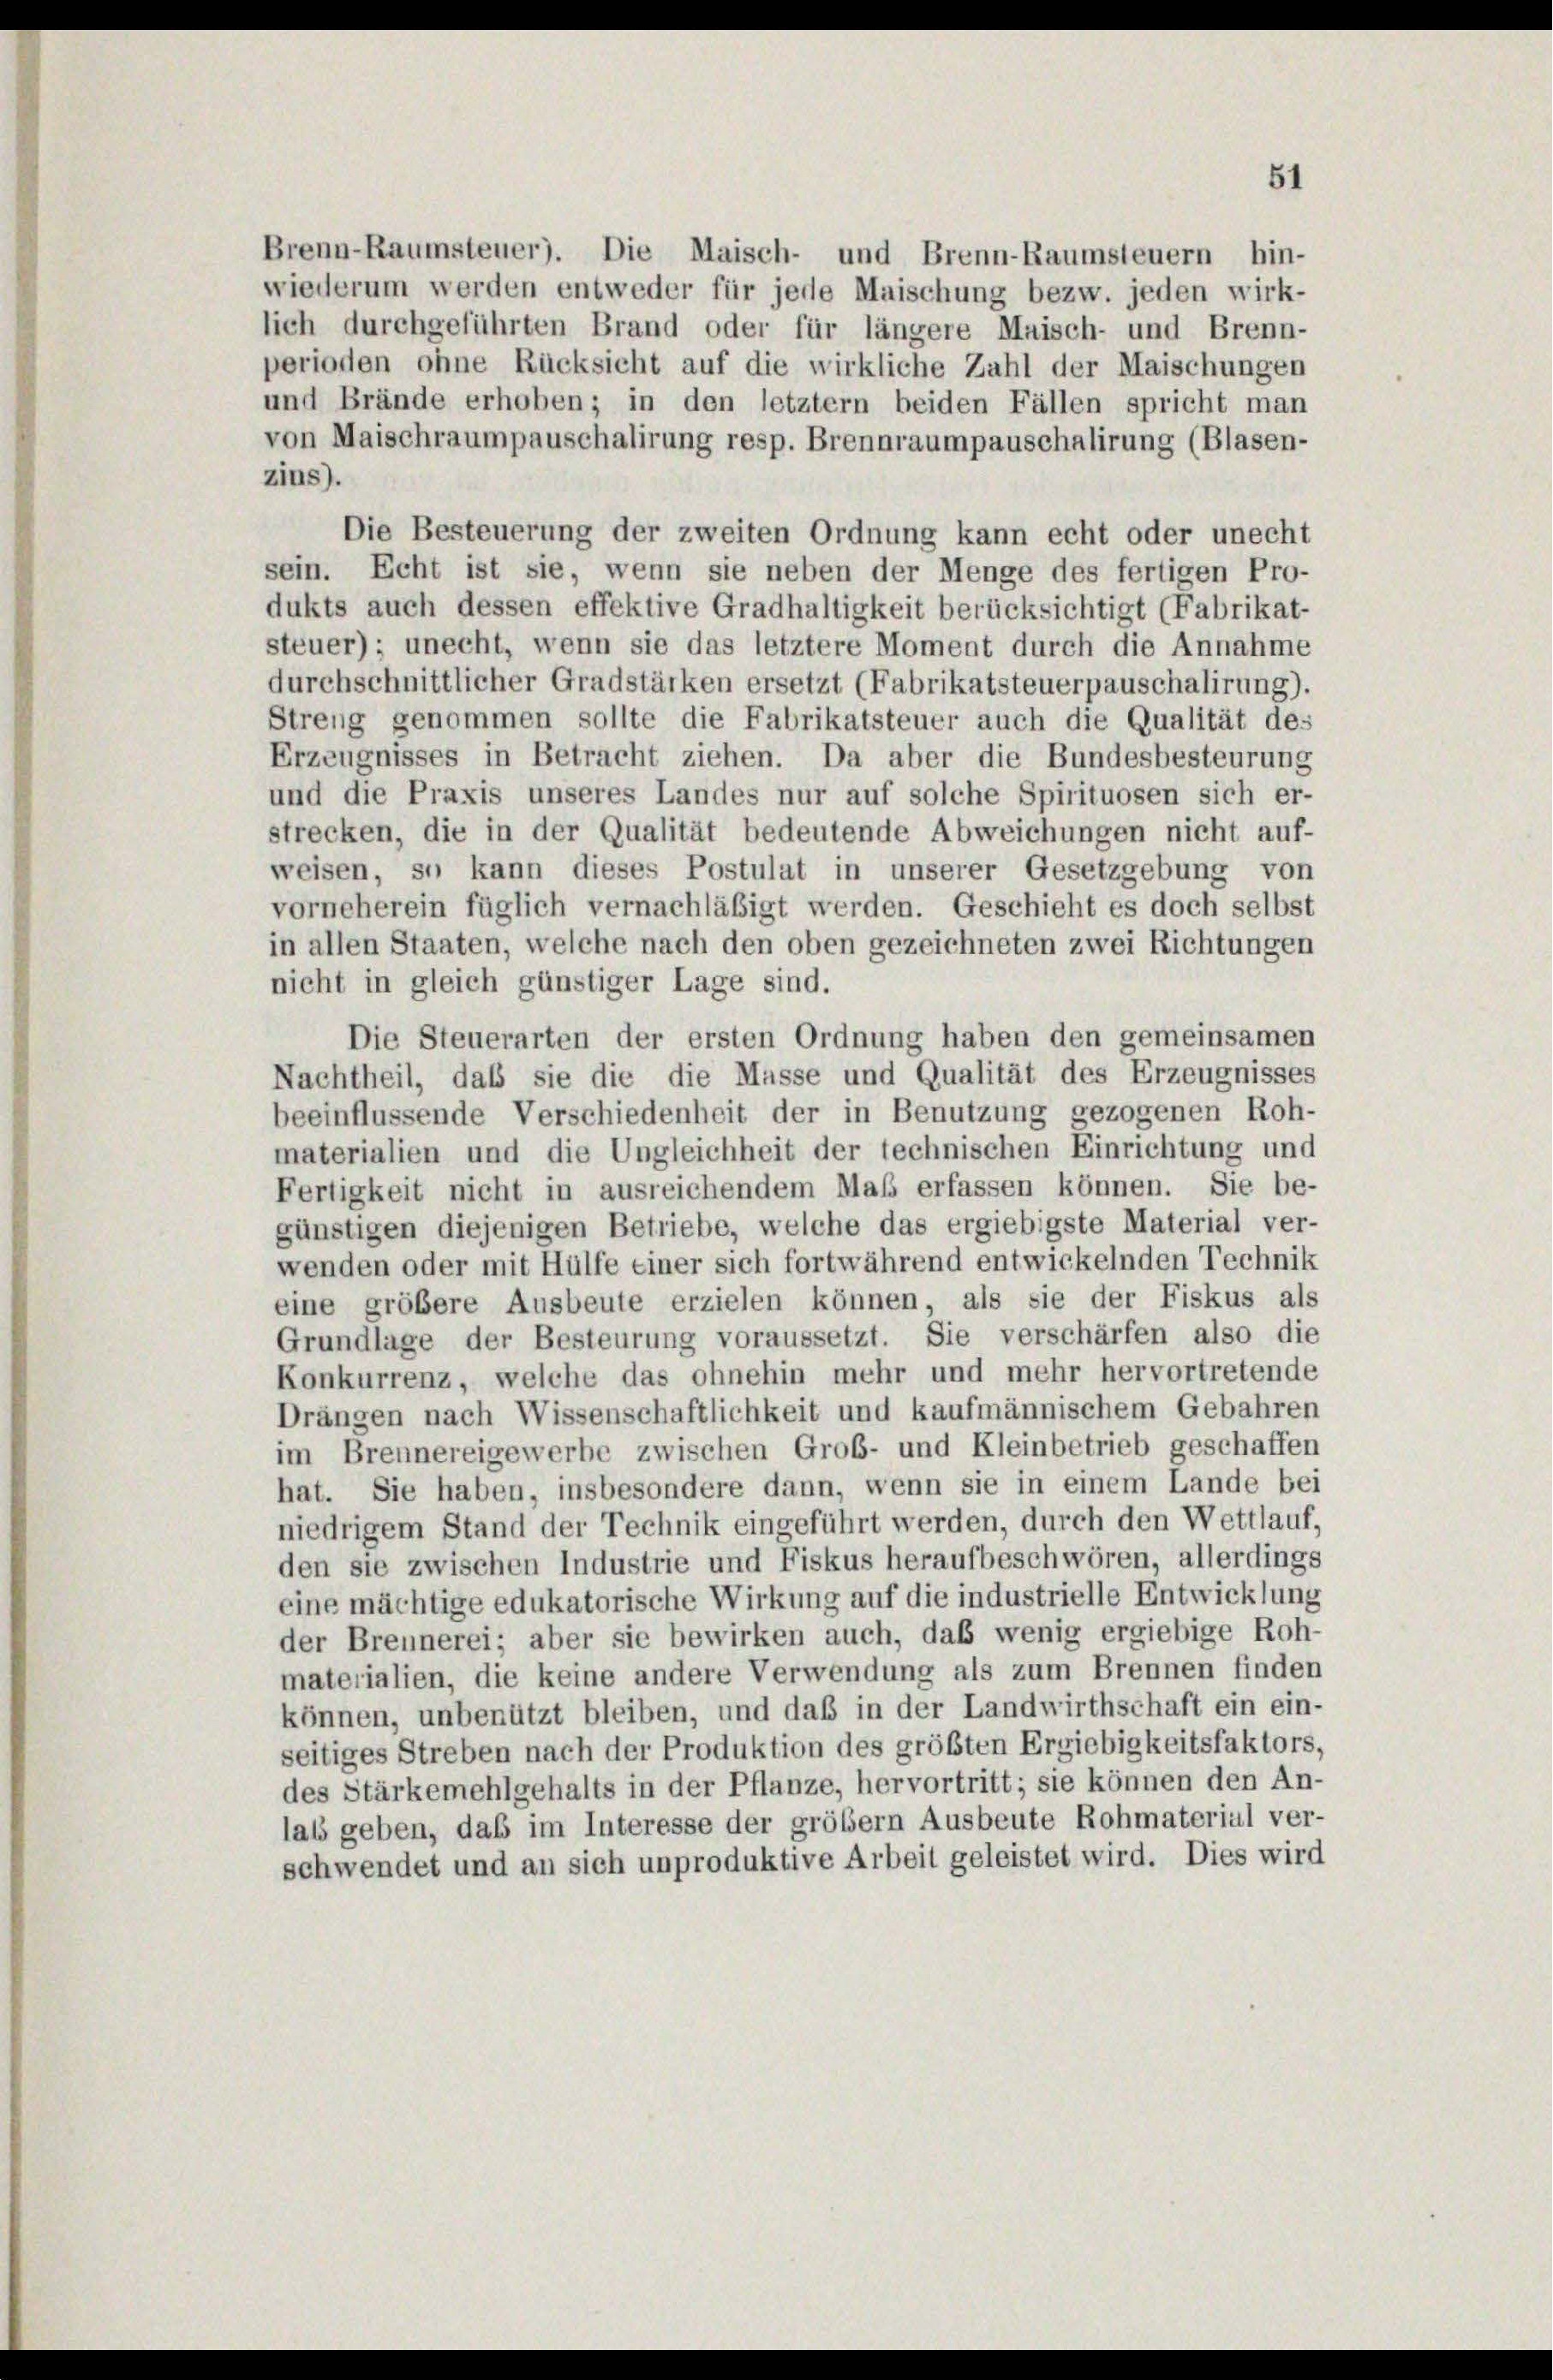
zins).

51

Brenn-Raumsteuer). Die Maisch- und Brenn-Raumsteuern hin-
wiederum werden entweder für jede Maischung bezw. jeden wirk-
lich durchgeführten Brand oder für längere Maisch- und Brenn-
perioden ohne Rücksicht auf die wirkliche Zahl der Maischungen
und Brände erhoben; in den letztem beiden Fällen spricht man
von Maischraumpauschalirung resp. Brennraumpauschalirung (Blasen-
Die Besteuerung der zweiten Ordnung kann echt oder unecht
sein. Echt ist sie, wenn sie neben der Menge des fertigen Pro-
dukts auch dessen effektive Gradhaltigkeit berücksichtigt (Fabrikat-
steuer) ; unecht, wenn sie das letztere Moment durch die Annahme
durchschnittlicher Gradstärken ersetzt (Fabrikatsteuerpauschalirung).
Streng genommen sollte die Fabrikatsteuer auch die Qualität des
Erzeugnisses in Betracht ziehen. Da aber die Bundesbesteurung
und die Praxis unseres Landes nur auf solche Spirituosen sich er-
strecken, die in der Qualität bedeutende Abweichungen nicht auf-
weisen, so kann dieses Postulat in unserer Gesetzgebung von
vorneherein füglich vernachläßigt werden. Geschieht es doch selbst
in allen Staaten, welche nach den oben gezeichneten zwei Richtungen
nicht in gleich günstiger Lage sind.
Die Steuerarten der ersten Ordnung haben den gemeinsamen
Nachtheil, daß sie die die Masse und Qualität des Erzeugnisses
beeinflussende Verschiedenheit der in Benutzung gezogenen Roh-
materialien und die Ungleichheit der technischen Einrichtung und
Fertigkeit nicht in ausreichendem Maß erfassen können. Sie be-
günstigen diejenigen Betriebe, welche das ergiebigste Material ver-
wenden oder mit Hülfe einer sich fortwährend entwickelnden Technik
eine größere Ausbeute erzielen können, als sie der Fiskus als
Grundlage der Besteurung voraussetzt. Sie verschärfen also die
Konkurrenz, welche das ohnehin mehr und mehr hervortretende
Drängen nach Wissenschaftlichkeit und kaufmännischem Gebahren
im Brennereigewerbe zwischen Grob- und Kleinbetrieb geschaffen
hat. Sie haben, insbesondere dann, wenn sie in einem Lande bei
niedrigem Stand der Technik eingeführt werden, durch den Wettlauf,
den sie zwischen Industrie und Fiskus heraufbeschwören, allerdings
eine mächtige edukatorische Wirkung auf die industrielle Entwicklung
der Brennerei; aber sie bewirken auch, daß wenig ergiebige Roh-
materialien, die keine andere Verwendung als zum Brennen finden
können, unbenützt bleiben, und daß in der Landwirthschaft ein ein-
seitiges Streben nach der Produktion des größten Ergiebigkeitsfaktors,
des Stärkemehlgehalts in der Pflanze, hervortritt; sie können den An-
lab geben, das im Interesse der größem Ausbeute Rohmaterial ver-
schwendet und an sich unproduktive Arbeit geleistet wird. Dies wird